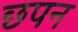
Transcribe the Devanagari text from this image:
छपन